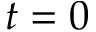
t = 0